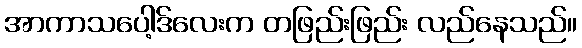
အာကာသပေါ့ဒ်လေးက တဖြည်းဖြည်း လည်နေသည်။